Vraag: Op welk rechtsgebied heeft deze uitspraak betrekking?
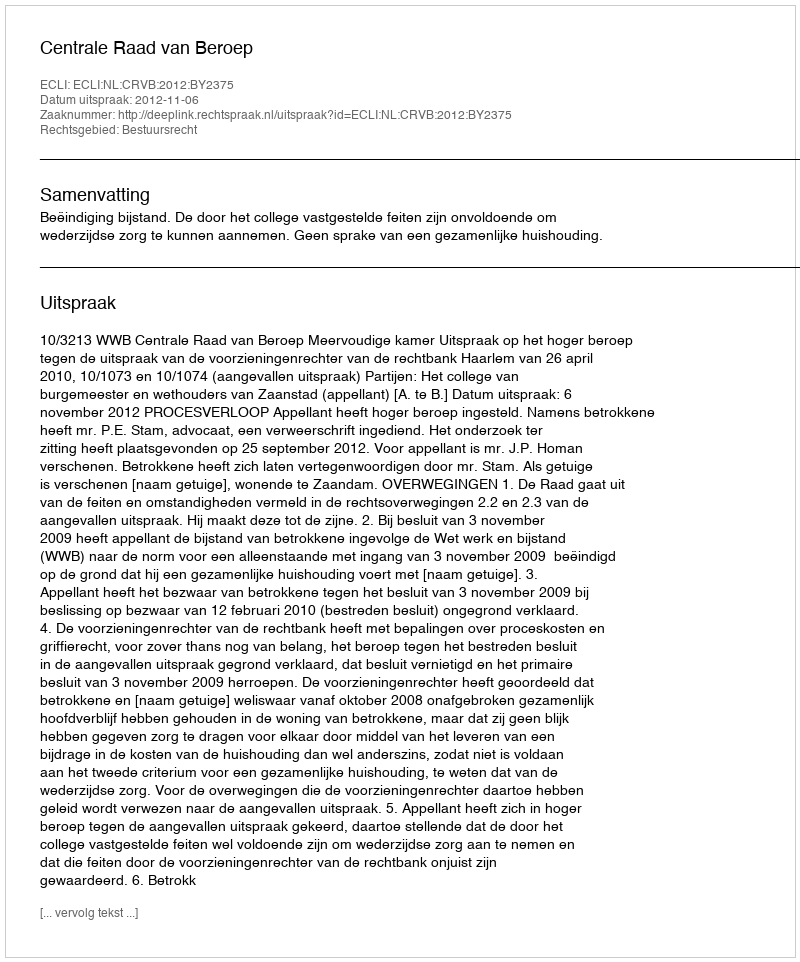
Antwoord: Bestuursrecht